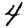
Digit: 4